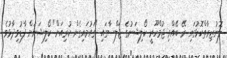
ލޮނުޒިރާތްކޮޅުގައި ރޭ ބޭއްވި ޖުމްހޫރީ ކޯލިޝަނުގެ ޖަލްސާގައި "ގައުމައިގެން ކުރިއަށް" ކޯލިޝަނަށް ފާޑުވިދާޅުވެ